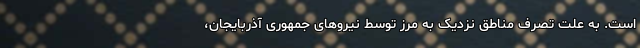
است. به علت تصرف مناطق نزدیک به مرز توسط نیروهای جمهوری آذربایجان،